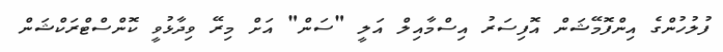
ފުލުހުންގެ އިންފޮމޭޝަން އޮފިސަރު އިސްމާއިލް އަލީ "ސަން" އަށް މިރޭ ވިދާޅުވީ ކޮންްސްޓްރަކްޝަން